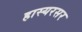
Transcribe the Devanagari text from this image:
हास्यरसर